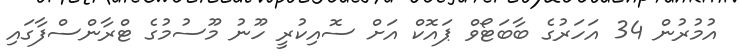
އުމުރުން 34 އަހަރުގެ ބާބަޓޯވް ޕައޮކް އަށް ސޮއިކުރީ ހޫނު މޫސުމުގެ ޓްރާންސްފާގައި